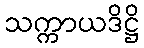
သက္ကာယဒိဋ္ဌိ